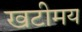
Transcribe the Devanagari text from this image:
खटीमय